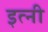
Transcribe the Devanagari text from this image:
इत्नी